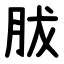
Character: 胈